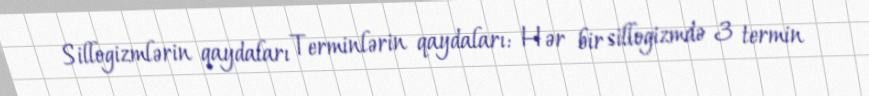
Sillogizmlərin qaydaları Terminlərin qaydaları: Hər bir sillogizmdə 3 termin